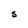
Character: S